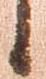
候